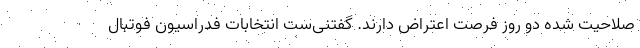
صلاحیت شده دو روز فرصت اعتراض دارند. گفتنی‌ست انتخابات فدراسیون فوتبال